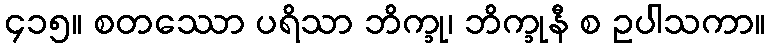
၄၁၅။ စတဿော ပရိသာ ဘိက္ခု၊ ဘိက္ခုနီ စ ဥပါသကာ။